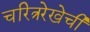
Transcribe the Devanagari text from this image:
चरित्ररेखेची